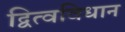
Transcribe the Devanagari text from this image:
द्वित्वविधान